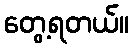
တွေ့ရတယ်။